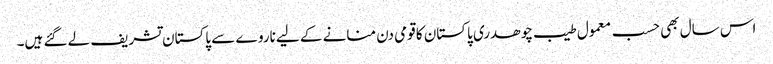
اس سال بھی حسب معمول طیب چوھدری پاکستان کا قومی دن منانے کے لیے ناروے سے پاکستان تشریف لے گئے ہیں۔